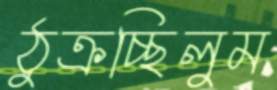
ঠুক্‌রচ্ছিলুম